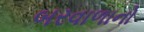
બરવાળાનો